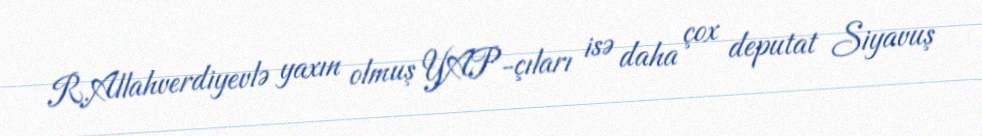
R.Allahverdiyevlə yaxın olmuş YAP-çıları isə daha çox deputat Siyavuş